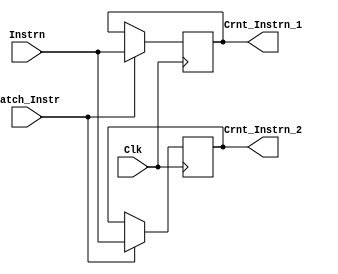

module INSTRN_LAT (
	Clk,
	Instrn,
	Latch_Instr,
	Crnt_Instrn_1,
	Crnt_Instrn_2
);

input		Clk;		// CPU Clock
input [31:0]	Instrn;		// Instrn for 
input		Latch_Instr;	// Enable for latching instruction
output [31:0]	Crnt_Instrn_1;
output [31:0]	Crnt_Instrn_2;	// Instrn under/about to be processed

reg [31:0]	Crnt_Instrn_1;
reg [31:0]	Crnt_Instrn_2;

always @ (posedge Clk)
begin
  if (Latch_Instr) begin
    Crnt_Instrn_1 <= Instrn;
    Crnt_Instrn_2 <= Instrn;
  end
end

endmodule